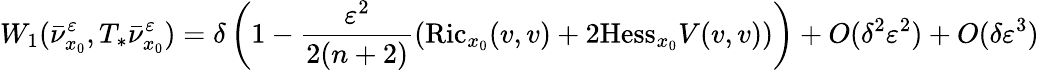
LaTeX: W_{1}(\bar{\nu}_{x_{0}}^{\varepsilon},T_{*}\bar{\nu}_{x_{0}}^{\varepsilon})=\delta\left(1-\frac{\varepsilon^{2}}{2(n+2)}\left(\textrm{Ric}_{x_{0}}(v,v)+2\textrm{Hess}_{x_{0}}V(v,v)\right)\right)+O(\delta^{2}\varepsilon^{2})+O(\delta\varepsilon^{3})